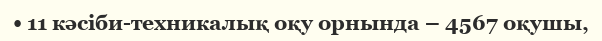
• 11 кәсіби-техникалық оқу орнында – 4567 оқушы,